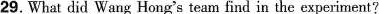
29.What did Wang Hong's team find in the experiment?